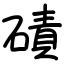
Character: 磧